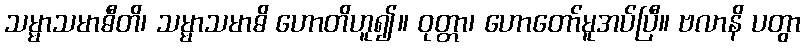
သမ္မာသမာဓီတိ၊ သမ္မာသမာဓိ ဟောတိဟူ၍။ ဝုတ္တာ၊ ဟောတော်မူအပ်ပြီ။ ဗလာနိ ပတွာ